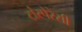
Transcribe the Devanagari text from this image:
टांस्पेरेंसी